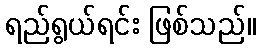
ရည်ရွယ်ရင်း ဖြစ်သည်။